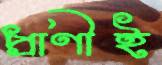
প্রাণীই